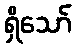
ရှိသော်